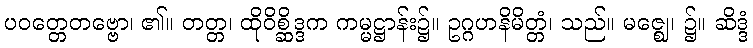
ပဝတ္တေတဗ္ဗော၊ ၏။ တတ္တ၊ ထိုဝိစ္ဆိဒ္ဒက ကမ္မဋ္ဌာန်း၌။ ဥဂ္ဂဟနိမိတ္တံ၊ သည်။ မဇ္ဈေ၊ ၌။ ဆိဒ္ဒံ